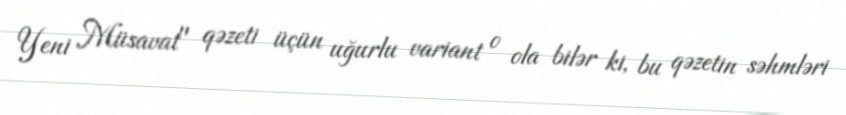
Yeni Müsavat" qəzeti üçün uğurlu variant o ola bilər ki, bu qəzetin səhmləri